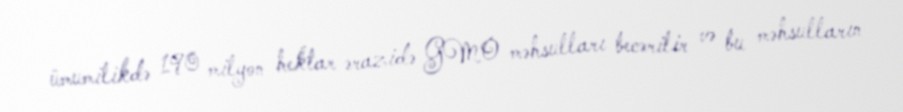
ümumilikdə 190 milyon hektar ərazidə GMO məhsulları becərilir və bu məhsulların